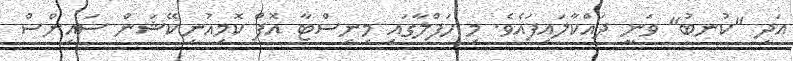
އަދި "ކުނބު" ވަނީ ދައްކާލައިފައެވެ. މި ހަފްލާގައި މިނިސްޓާ އޮފް ކޮމިއުނިކޭޝަން ސައިންސް